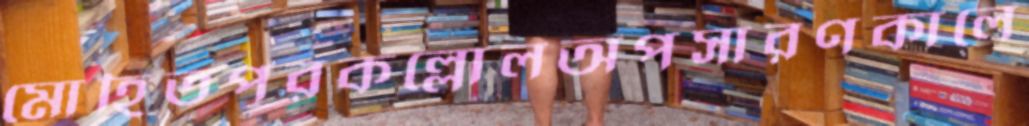
মোহিতপুরকল্লোলঅপসারণকালে